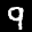
Label: 9